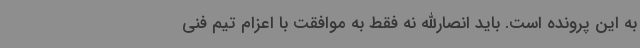
به این پرونده است. باید انصارالله نه فقط به موافقت با اعزام تیم فنی